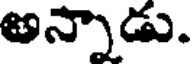
అన్నాడు.